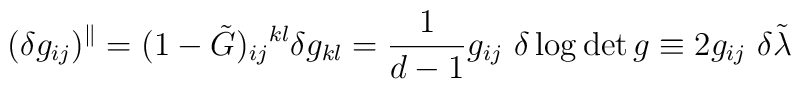
(\delta g_{ij})^{\Vert}=(1-\tilde G)_{ij}{}^{kl}\delta g_{kl}=\frac{1}{d-1} g_{ij}\ \delta\log\det g \equiv 2 g_{ij}\ \delta\tilde\lambda